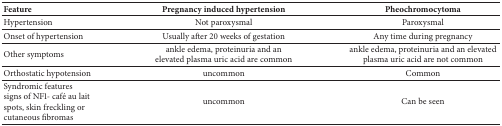
| Feature | Pregnancy induced hypertension | Pheochromocytoma |
 | --- | --- | --- |
 | Hypertension | Not paroxysmal | Paroxysmal |
 | Onset of hypertension | Usually after 20 weeks of gestation | Any time during pregnancy |
 | Other symptoms | ankle edema, proteinuria and an elevated plasma uric acid are common | ankle edema, proteinuria and an elevated plasma uric acid are not common |
 | Orthostatic hypotension | uncommon | Common |
 | Syndromic featuressigns of NF1- café au lait spots, skin freckling or cutaneous fibromas | uncommon | Can be seen |